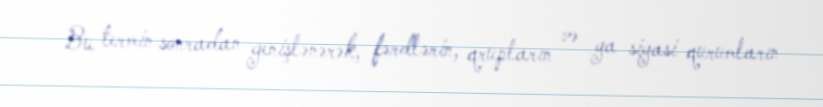
Bu termin sonradan genişlənərək, fərdlərin, qrupların və ya siyasi qurumların